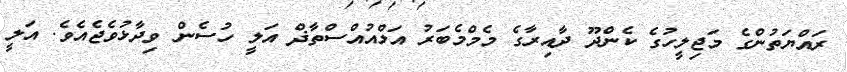
ރައްޔަތުންގެ މަޖިލީހުގެ ކެންދޫ ދާއިރާގެ މެމްމެބަރު އަލްއުއްސްތާޛް އަލީ ހުސެން ވިދާޅުވެޖެއެވެ. އަލީ